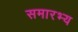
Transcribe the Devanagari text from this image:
समारभ्य